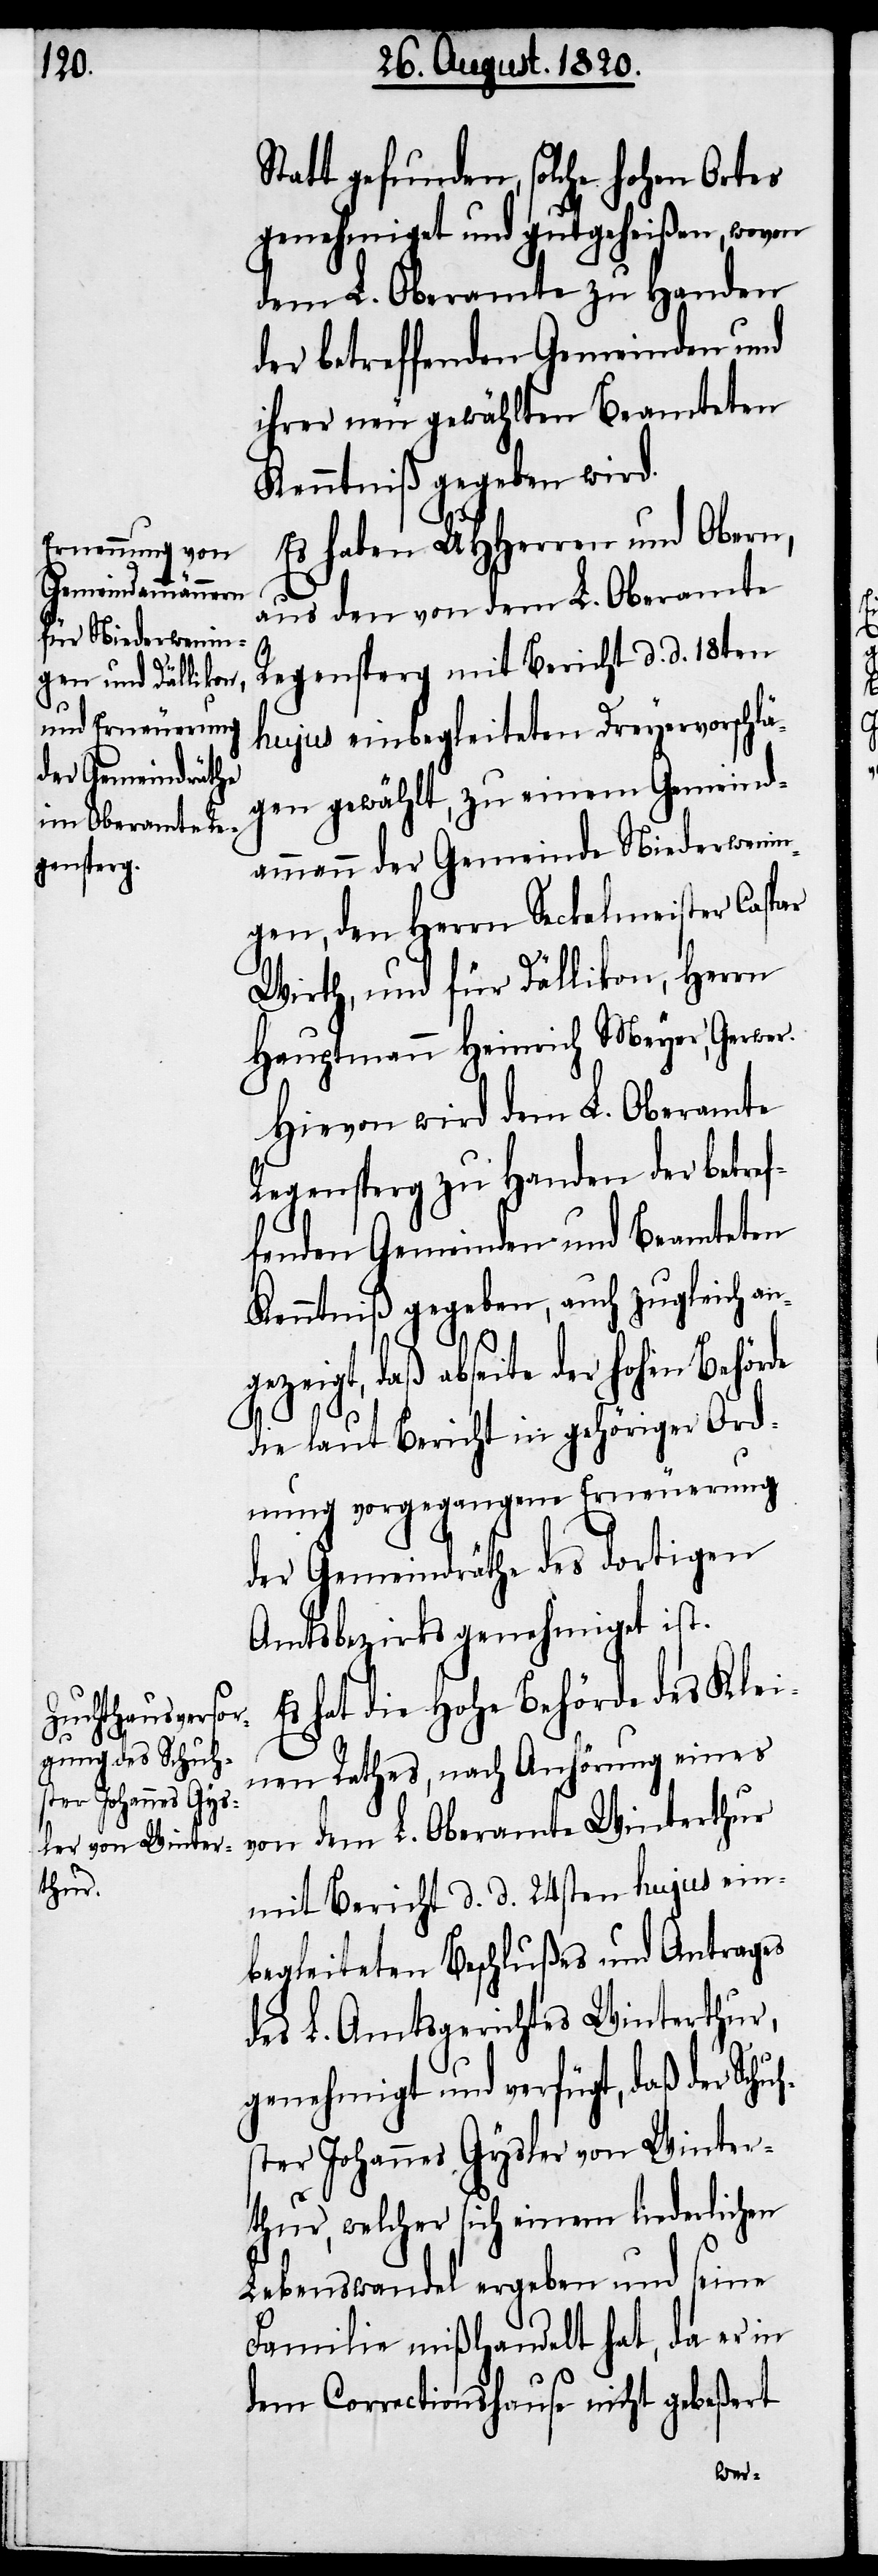
Statt gefunden, solche hohen Ortes
genehmiget und gutgeheißen, wovon
dem L. Oberamte zu Handen
der betreffenden Gemeinden und
ihrer neu gewählten Beamteten
Kenntniß gegeben wird.
Es haben UHHerren und Obern,
aus den von dem L. Oberamte
Regensperg mit Bericht d. d. 18ten
hujus einbegleiteten Dreyervorschlä¬
gen gewählt, zu einem Gemeind¬
ammann der Gemeinde Niederwenin¬
gen, den Herrn Seckelmeister Caspar
Wirth, und für Dällikon, Herrn
Hauptmann Heinrich Meyer, Gerwer.
Hievon wird dem L. Oberamte
Regensperg zu Handen der betref¬
fenden Gemeinden und Beamteten
Kenntniß gegeben, auch zugleich an¬
gezeigt, daß abseite der hohen Behörde
die laut Bericht in gehöriger Ord¬
nung vorgegangene Erneuerung
der Gemeindräthe des dortigen
Amtsbezirks genehmiget ist.
Es hat die hohe Behörde des Klei¬
nen Rathes, nach Anhörung eines
von dem L. Oberamte Winterthur
mit Bericht d. d. 24sten hujus ein¬
begleiteten Beschlüßen und Antrages
des L. Amtsgerichtes Winterthur,
genehmigt und verfügt, daß der Sch¬
uhster, welcher sich einem liederlichen
Lebenswandel ergeben und seine
Familie mißhandelt hat, da er in
dem Correctionshause nicht gebeßert